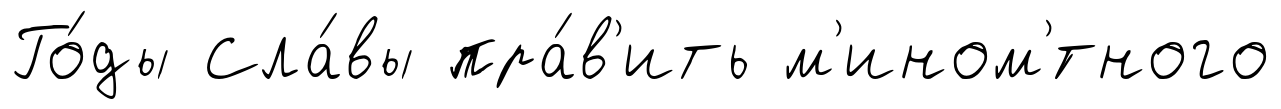
Го́ды Сла́вы пра́в'ить м'ином'́тного